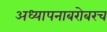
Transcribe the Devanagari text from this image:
अध्यापनाबरोबरच